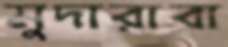
মুদারাবা